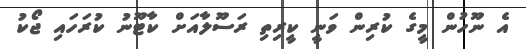
އެ ނޫހުން މީގެ ކުރިން ވަނީ ކީރިތި ރަސޫލާއަށް ކާޓޫނު ކުރަހައި ޖޯކު